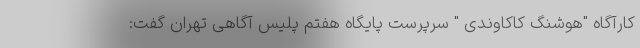
کارآگاه "هوشنگ کاکاوندی " سرپرست پایگاه هفتم پلیس آگاهی تهران گفت: